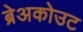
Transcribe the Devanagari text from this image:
ब्रेअकोउट